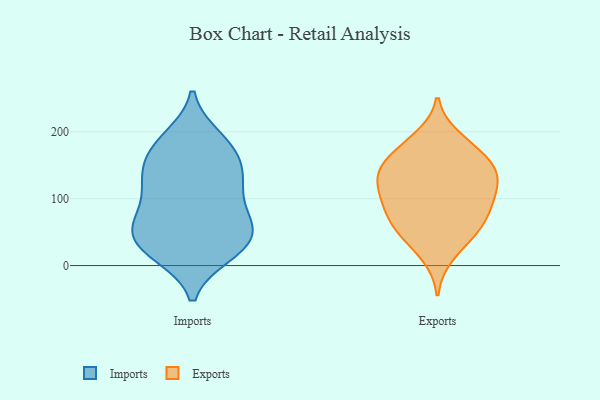
{"axis": {"x": "Gross Profit (USD K)", "y": "Value"}, "legend": ["Exports", "Imports"], "data": [{"x": "", "y": 191, "type": "Imports"}, {"x": "", "y": 63, "type": "Imports"}, {"x": "", "y": 67, "type": "Imports"}, {"x": "", "y": 111, "type": "Imports"}, {"x": "", "y": 179, "type": "Imports"}, {"x": "", "y": 27, "type": "Imports"}, {"x": "", "y": 61, "type": "Imports"}, {"x": "", "y": 185, "type": "Imports"}, {"x": "", "y": 18, "type": "Imports"}, {"x": "", "y": 33, "type": "Imports"}, {"x": "", "y": 137, "type": "Imports"}, {"x": "", "y": 63, "type": "Imports"}, {"x": "", "y": 59, "type": "Imports"}, {"x": "", "y": 29, "type": "Imports"}, {"x": "", "y": 124, "type": "Imports"}, {"x": "", "y": 17, "type": "Imports"}, {"x": "", "y": 145, "type": "Imports"}, {"x": "", "y": 105, "type": "Imports"}, {"x": "", "y": 137, "type": "Imports"}, {"x": "", "y": 168, "type": "Imports"}, {"x": "", "y": 87, "type": "Exports"}, {"x": "", "y": 191, "type": "Exports"}, {"x": "", "y": 71, "type": "Exports"}, {"x": "", "y": 138, "type": "Exports"}, {"x": "", "y": 104, "type": "Exports"}, {"x": "", "y": 170, "type": "Exports"}, {"x": "", "y": 113, "type": "Exports"}, {"x": "", "y": 15, "type": "Exports"}, {"x": "", "y": 139, "type": "Exports"}, {"x": "", "y": 137, "type": "Exports"}, {"x": "", "y": 106, "type": "Exports"}, {"x": "", "y": 179, "type": "Exports"}, {"x": "", "y": 48, "type": "Exports"}, {"x": "", "y": 51, "type": "Exports"}, {"x": "", "y": 53, "type": "Exports"}, {"x": "", "y": 147, "type": "Exports"}, {"x": "", "y": 86, "type": "Exports"}, {"x": "", "y": 146, "type": "Exports"}]}